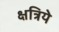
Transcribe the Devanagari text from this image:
क्षत्रिये